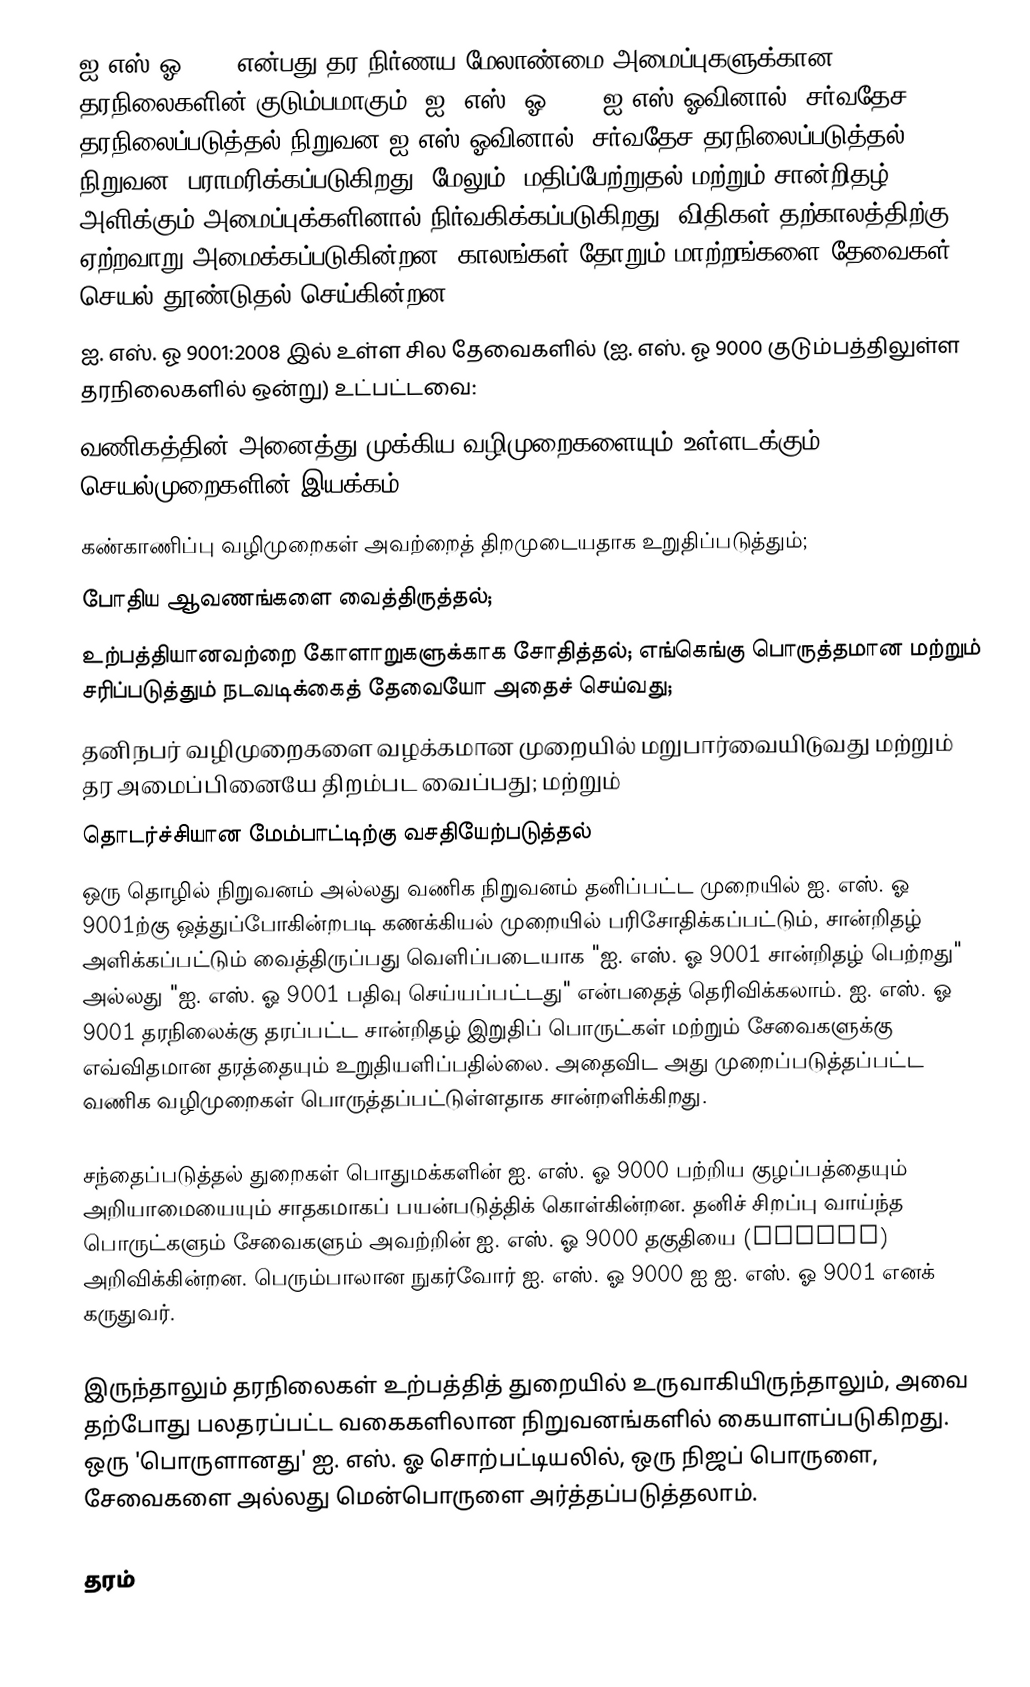
ஐ.எஸ்.ஓ 9001 என்பது தர நிர்ணய மேலாண்மை அமைப்புகளுக்கான தரநிலைகளின் குடும்பமாகும். ஐ. எஸ். ஓ 9001 ஐ.எஸ்.ஓவினால் (சர்வதேச தரநிலைப்படுத்தல் நிறுவன|ஐ.எஸ்.ஓவினால் (சர்வதேச தரநிலைப்படுத்தல் நிறுவன) பராமரிக்கப்படுகிறது. மேலும், மதிப்பேற்றுதல் மற்றும் சான்றிதழ் அளிக்கும் அமைப்புக்களினால் நிர்வகிக்கப்படுகிறது. விதிகள் தற்காலத்திற்கு ஏற்றவாறு அமைக்கப்படுகின்றன, காலங்கள் தோறும் மாற்றங்களை தேவைகள் செயல் தூண்டுதல் செய்கின்றன.
ஐ. எஸ். ஓ 9001:2008 இல் உள்ள சில தேவைகளில் (ஐ. எஸ். ஓ 9000 குடும்பத்திலுள்ள தரநிலைகளில் ஒன்று) உட்பட்டவை:
 வணிகத்தின் அனைத்து முக்கிய வழிமுறைகளையும் உள்ளடக்கும் செயல்முறைகளின் இயக்கம்;
 கண்காணிப்பு வழிமுறைகள் அவற்றைத் திறமுடையதாக உறுதிப்படுத்தும்;
 போதிய ஆவணங்களை வைத்திருத்தல்;
 உற்பத்தியானவற்றை கோளாறுகளுக்காக சோதித்தல்; எங்கெங்கு பொருத்தமான மற்றும் சரிப்படுத்தும் நடவடிக்கைத் தேவையோ அதைச் செய்வது;
 தனிநபர் வழிமுறைகளை வழக்கமான முறையில் மறுபார்வையிடுவது மற்றும் தர அமைப்பினையே திறம்பட வைப்பது; மற்றும்
 தொடர்ச்சியான மேம்பாட்டிற்கு வசதியேற்படுத்தல்
ஒரு தொழில் நிறுவனம் அல்லது வணிக நிறுவனம் தனிப்பட்ட முறையில் ஐ. எஸ். ஓ 9001ற்கு ஒத்துப்போகின்றபடி கணக்கியல் முறையில் பரிசோதிக்கப்பட்டும், சான்றிதழ் அளிக்கப்பட்டும் வைத்திருப்பது வெளிப்படையாக "ஐ. எஸ். ஓ 9001 சான்றிதழ் பெற்றது" அல்லது "ஐ. எஸ். ஓ 9001 பதிவு செய்யப்பட்டது" என்பதைத் தெரிவிக்கலாம். ஐ. எஸ். ஓ 9001 தரநிலைக்கு தரப்பட்ட சான்றிதழ் இறுதிப் பொருட்கள் மற்றும் சேவைகளுக்கு எவ்விதமான தரத்தையும் உறுதியளிப்பதில்லை. அதைவிட அது முறைப்படுத்தப்பட்ட வணிக வழிமுறைகள் பொருத்தப்பட்டுள்ளதாக சான்றளிக்கிறது.

சந்தைப்படுத்தல் துறைகள் பொதுமக்களின் ஐ. எஸ். ஓ 9000 பற்றிய குழப்பத்தையும் அறியாமையையும் சாதகமாகப் பயன்படுத்திக் கொள்கின்றன. தனிச் சிறப்பு வாய்ந்த பொருட்களும் சேவைகளும் அவற்றின் ஐ. எஸ். ஓ 9000 தகுதியை (STATUS) அறிவிக்கின்றன. பெரும்பாலான நுகர்வோர் ஐ. எஸ். ஓ 9000 ஐ ஐ. எஸ். ஓ 9001 எனக் கருதுவர்.

இருந்தாலும் தரநிலைகள் உற்பத்தித் துறையில் உருவாகியிருந்தாலும், அவை தற்போது பலதரப்பட்ட வகைகளிலான நிறுவனங்களில் கையாளப்படுகிறது. ஒரு 'பொருளானது' ஐ. எஸ். ஓ சொற்பட்டியலில், ஒரு நிஜப் பொருளை, சேவைகளை அல்லது மென்பொருளை அர்த்தப்படுத்தலாம்.

தரம்